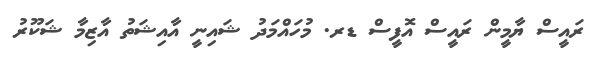
ރައީސް ޔާމީން ރައީސް އޮފީސް ޑރ. މުހައްމަދު ޝައިނީ އާއިޝަތު އާޒިމާ ޝަކޫރު